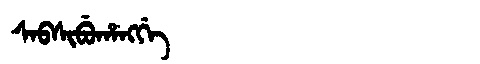
Manchu: ᠰᠠᠪᠰᡳᠪᡠᡥᠠᠩᡤᡝ
Romanization: SABSIBUHANGGE